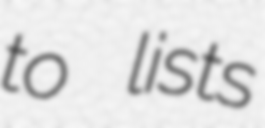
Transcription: to lists